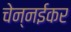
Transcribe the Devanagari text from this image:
चेन्नईकर